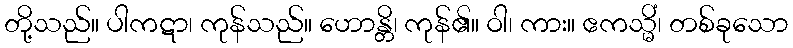
တို့သည်။ ပါကဋာ၊ ကုန်သည်။ ဟောန္တိ၊ ကုန်၏။ ဝါ၊ ကား။ ဧကသ္မိံ၊ တစ်ခုသော